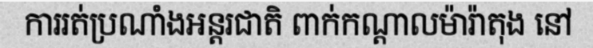
ការរត់ប្រណាំងអន្តរជាតិ ពាក់កណ្តាលម៉ារ៉ាតុង នៅ